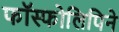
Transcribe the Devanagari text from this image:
फॉस्फोलिपिने